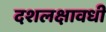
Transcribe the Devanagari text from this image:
दशलक्षावधी